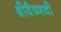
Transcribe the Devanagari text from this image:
श्रीवैष्णवी